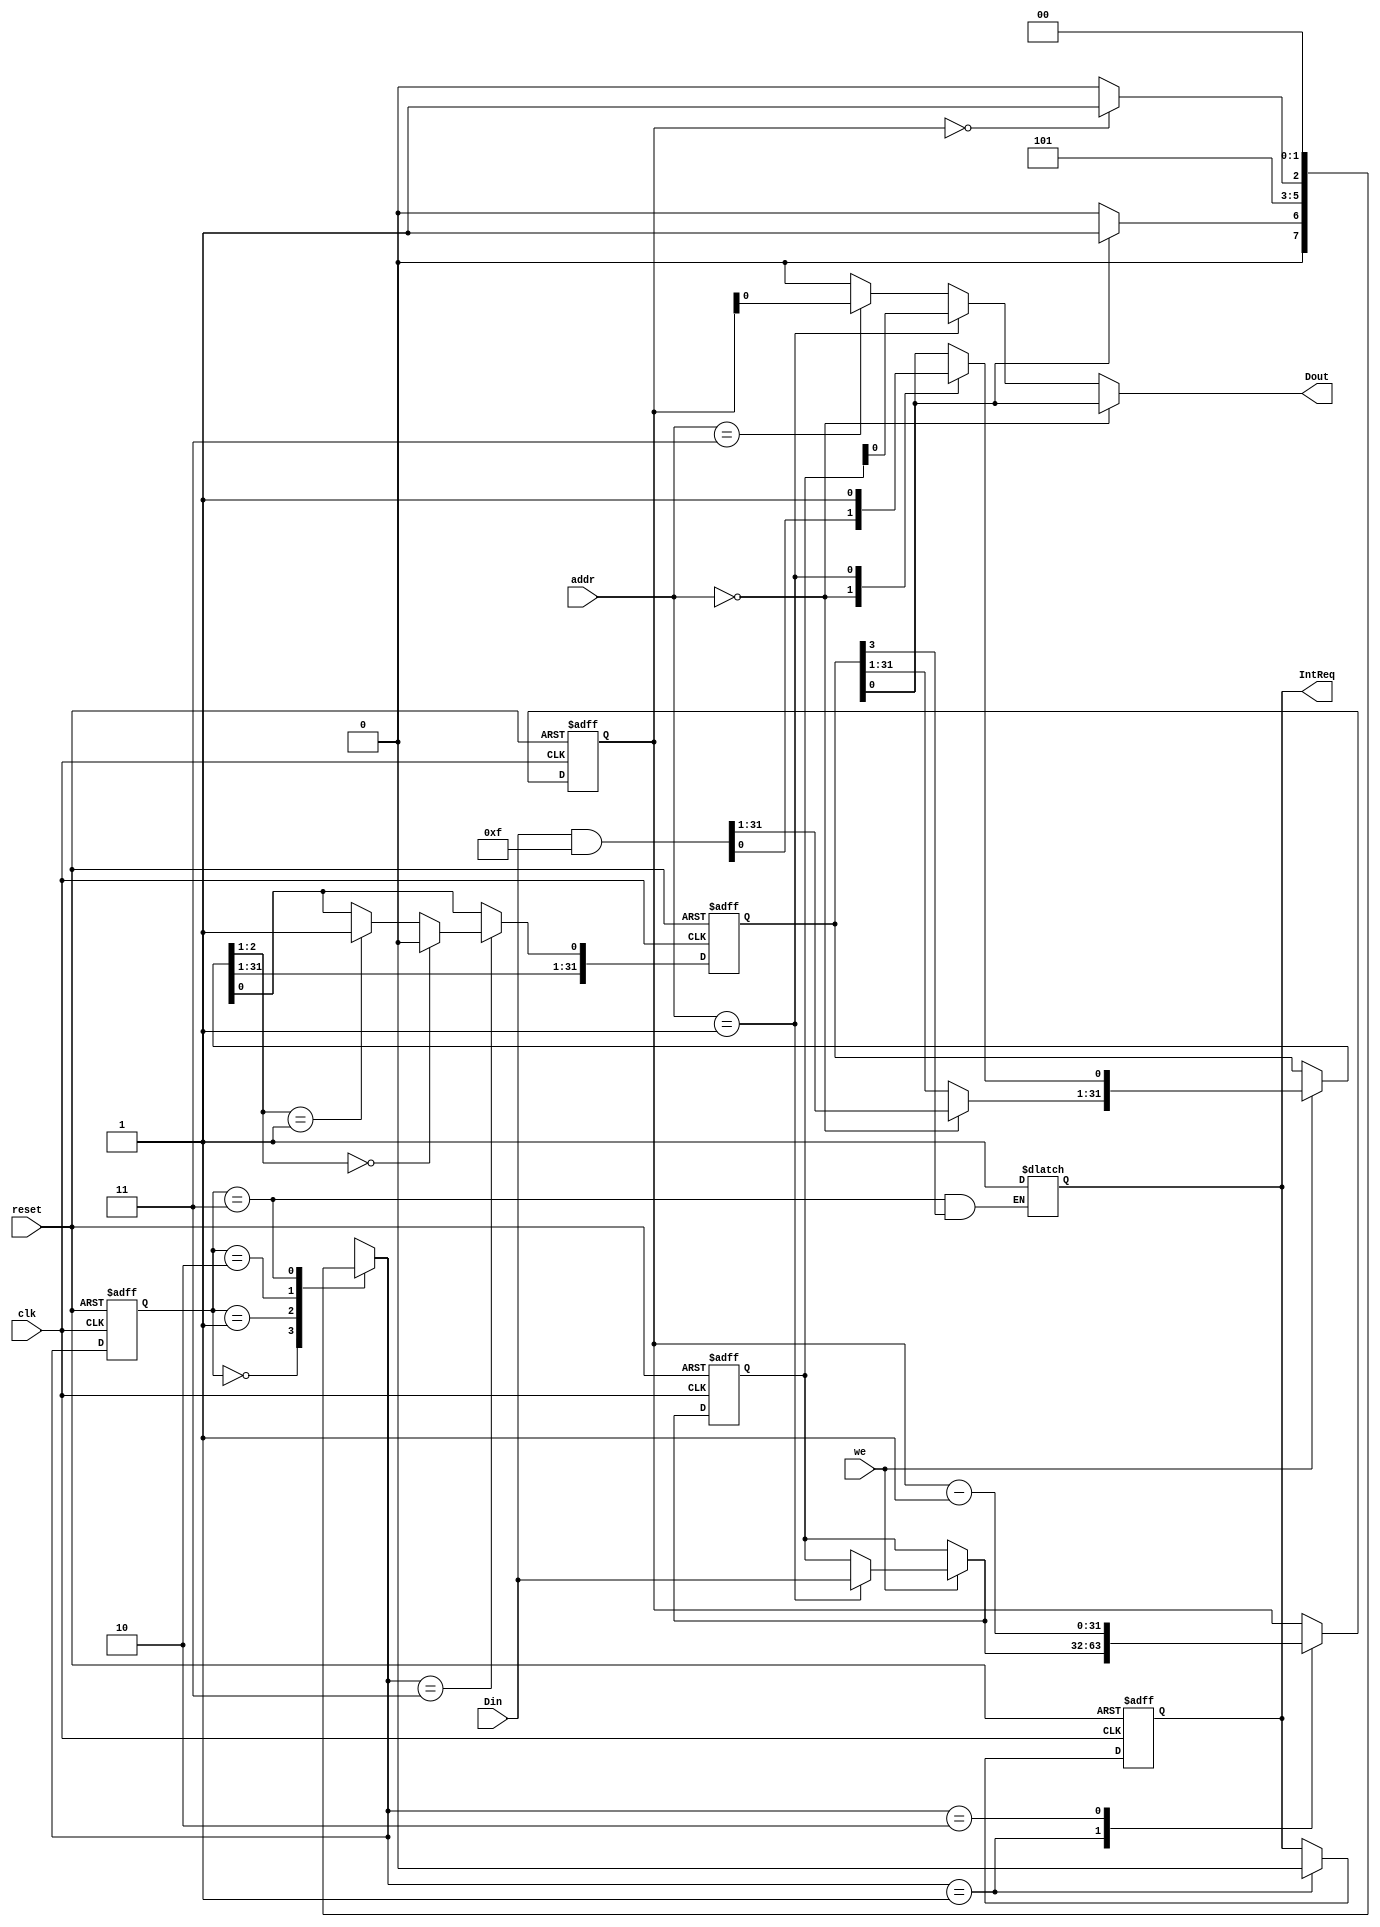
`timescale 1ns / 1ps
//////////////////////////////////////////////////////////////////////////////////
// Company: 
// Engineer: 
// 
// Design Name: 
// Module Name:    timer1 
// Project Name: 
// Target Devices: 
// Tool versions: 
// Description: 
//
// Dependencies: 
//
// Revision: 
// Revision 0.01 - File Created
// Additional Comments: 
//
//////////////////////////////////////////////////////////////////////////////////
module timer1(clk,reset,addr,we,Din,Dout,IntReq);
	input clk,reset;
	input [3:2] addr;
	input we;
	input [31:0] Din;
	output Dout;
	output  reg IntReq;
	reg[31:0] ctrl,preset,count;
	reg[1:0] now,next;	//state
	
	assign Dout= (addr==2'b00)? ctrl:
					 (addr==2'b01)? preset:
					 (addr==2'b11)? count:
					 32'b0;
	initial
		begin
		now=2'b00;
		next=2'b00;
		ctrl=32'b0000;
		count=32'b0;
		preset=32'b0;
		IntReq= 0;
		end
	always @(*)
		begin
		case(now)
		2'b00: next= (ctrl[0]==1'b1)? 2'b01:2'b00;	//IDLE
		2'b01:next=2'b10;												//LOAD
		2'b10:next= count==0? 2'b11:2'b10;						//COUNTING
		2'b11:next=2'b00;												//INT
		endcase
		end
	always @(posedge clk or posedge reset)
		begin
		if(reset)
			begin
			now=2'b00;
			ctrl=32'b0;
			count=32'b0;
			preset=32'b0;
			IntReq= 0;
			end
		else
			begin
			
			if(we)
				begin
				case(addr)
				2'b00:ctrl=Din&32'b0000_0000_0000_0000_0000_0000_0000_1111;
				2'b01:begin preset=Din; ctrl[0]=1'b1; end       //start to load				
				endcase
				end
			
				now=next;
				case(now)
				2'b01: begin count=preset; IntReq= 0; end
				2'b10: count=count-1;
				2'b11: begin  
							     if(ctrl[2:1]==2'b00) ctrl[0]=1'b0; 
							else if(ctrl[2:1]==2'b01) ctrl[0]=1'b1;
						 end
				endcase				
			end
		end
	
	always @(*)
		begin
		if((now==2'b11)&&(ctrl[3]==1'b1))
		IntReq= 1;
		end
endmodule